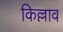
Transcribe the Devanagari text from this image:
किल्लाव